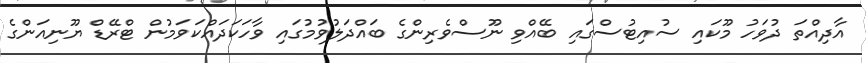
އާދިއްތަ ދުވަހު މޫކައި ސުއިޓުސްގައި ބޭއްވި ނޫސްވެރިންގެ ބައްދަލުވުމުގައި ވާހަކަދައްކަވަމުން ޓްރޭޑް ޔޫނިއަންގެ